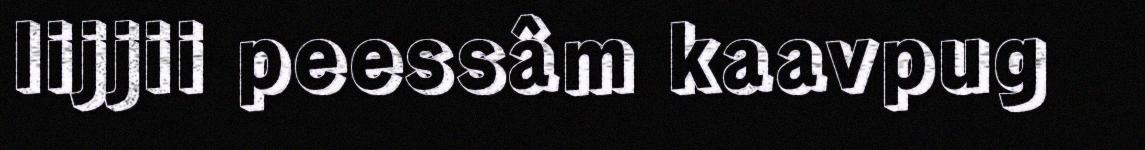
lijjii peessâm kaavpug